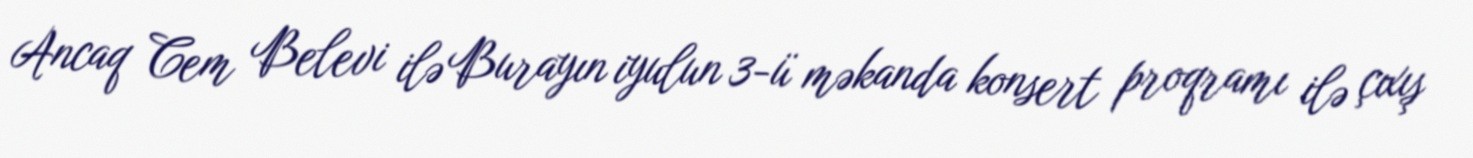
Ancaq Cem Belevi ilə Burayın iyulun 3-ü məkanda konsert proqramı ilə çıxış